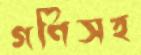
গণিসহ